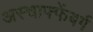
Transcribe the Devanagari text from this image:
अस्चाफ्फेंबर्ग